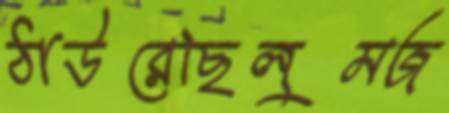
ঠাউরেছিলুমজ